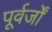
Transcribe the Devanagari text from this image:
पूर्वर्जों